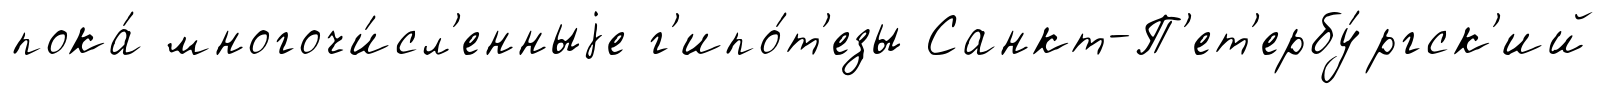
пока́ многочи́сл'енныjе г'ипо́т'езы Санкт-П'ет'ербу́ргск'ий